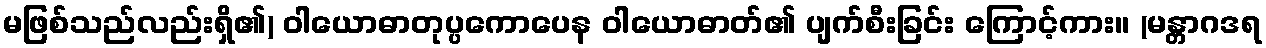
မဖြစ်သည်လည်းရှိ၏) ဝါယောဓာတုပ္ပကောပေန ဝါယောဓာတ်၏ ပျက်စီးခြင်း ကြောင့်ကား။ (မန္တာဂဒရ